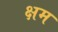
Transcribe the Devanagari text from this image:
क्षम